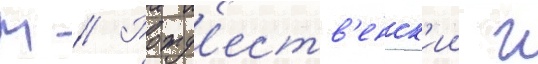
М // Рожд'еств'енск'ии г